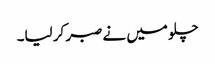
چلو میں نے صبر کر لیا۔